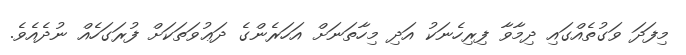
މިފަދަ ވަގުތެއްގައި ދިމާވާ ފިރިހެނަކު އަދި މިހާތަނަށް އަހަރެންގެ ދަޢުވަތަކަށް ފުރަގަހެއް ނުދެއެވެ.